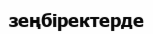
зеңбіректерде